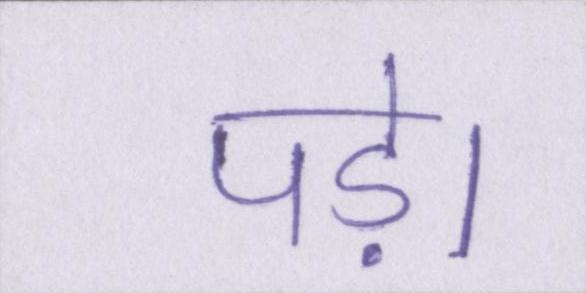
पड़े।